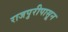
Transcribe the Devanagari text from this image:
राजपुरीपासून